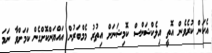
އެކަން ކުރެވެން އޮތީ އިލެކްޝަންސް ކޮމިޝަނަށް އިތުރު މެމްބަރުން އައްޔަންކޮށްގެން ކަމަށްވާ ނަމަ